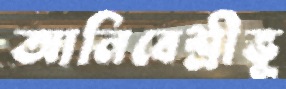
আনিবেশ্রীভূ